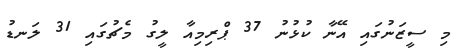
މި ސީޒަނުގައި އޭނާ ކުޅުނު 37 ޕްރިމިއާ ލީގު މެޗުގައި 31 ލަނޑު